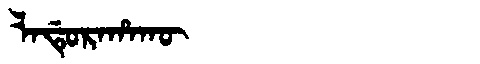
Manchu: ᠯᠠᡩᡠᡵᠠᡥᠠᡴᡡ
Romanization: LADURAHAKŪ